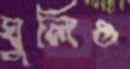
ঘুলিও